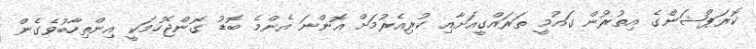
ކޮރަޕްޝަންގެ އިތުރުން ގައުމީ ތަރައްގީއަށާއި ކުރިއެރުމަށް އޮންނަ އެންމެ ބޮޑު ގޮންޖެހުމަކީ އިންތިހާބުވެގެން